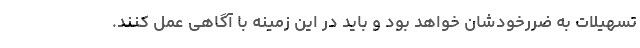
تسهیلات به ضررخودشان خواهد بود و باید در این زمینه با آگاهی عمل کنند.